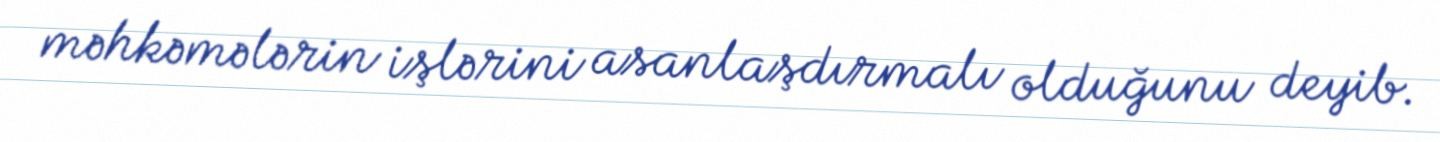
məhkəmələrin işlərini asanlaşdırmalı olduğunu deyib.